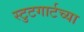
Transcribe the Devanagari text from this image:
स्टुटगार्टच्या